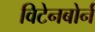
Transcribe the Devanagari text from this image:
विटेनबोर्न